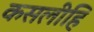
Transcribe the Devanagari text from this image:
कसलीहि